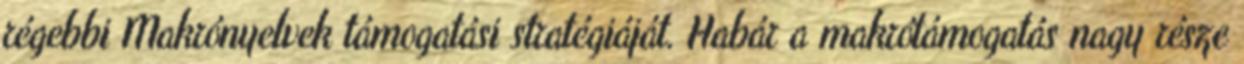
régebbi Makrónyelvek támogatási stratégiáját. Habár a makrótámogatás nagy része